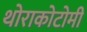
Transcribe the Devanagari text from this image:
थोराकोटोमी